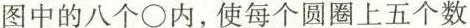
图中的八个\circ内，使每个圆圈上五个数